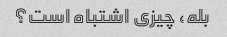
بله، چیزی اشتباه است؟